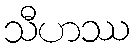
သီဟဿ